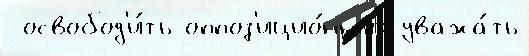
 освобод'и́ть оппоз'ицио́нных уважа́ть